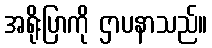
အရိုးပြာကို ဌာပနာသည်။